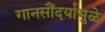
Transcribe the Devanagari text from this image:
गानसौंदर्यामुळे